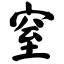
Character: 窒